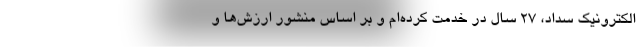
الکترونیک سداد، 27 سال در خدمت کرده‌ام و بر اساس منشور ارزش‌ها و